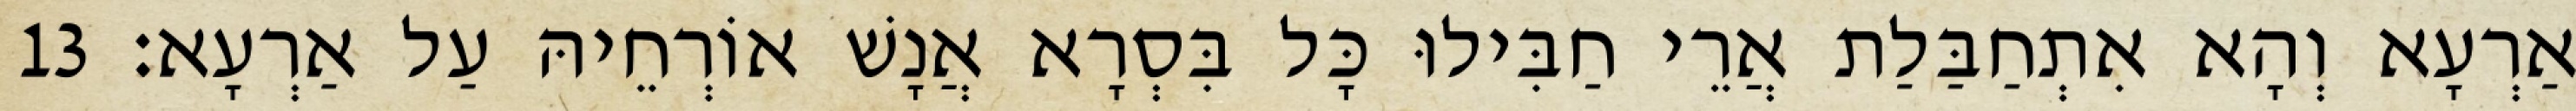
אַרְעָא וְהָא אִתְחַבַּלַת אֲרֵי חַבִּילוּ כָּל בִּסְרָא אֲנָשׁ אוֹרְחֵיהּ עַל אַרְעָא׃ 13